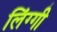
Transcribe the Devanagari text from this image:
लिंग्गी